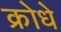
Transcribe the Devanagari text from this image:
क्रोधे